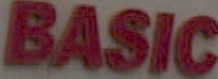
BASIC